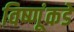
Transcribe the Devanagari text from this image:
विष्णूंकडे